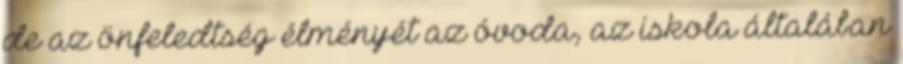
de az önfeledtség élményét az óvoda, az iskola általában